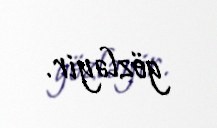
gözləyir.